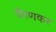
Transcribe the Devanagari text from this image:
पैंगणकर